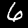
Label: 6